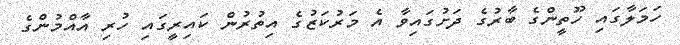
ހަމަލާގައި ހޫތީންގެ ބާރުގެ ދަށުގައިވާ އެ މަރުކަޒުގެ އިތުރުން ކައިރީގައި ހުރި އާއްމުންގެ